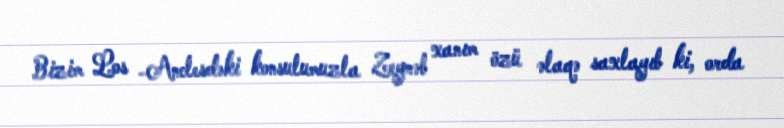
Bizim Los -Anclesdəki konsulumuzla Zeynəb xanım özü əlaqə saxlayıb ki, orda